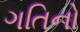
ગતિનો